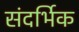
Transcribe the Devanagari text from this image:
संदर्भिक